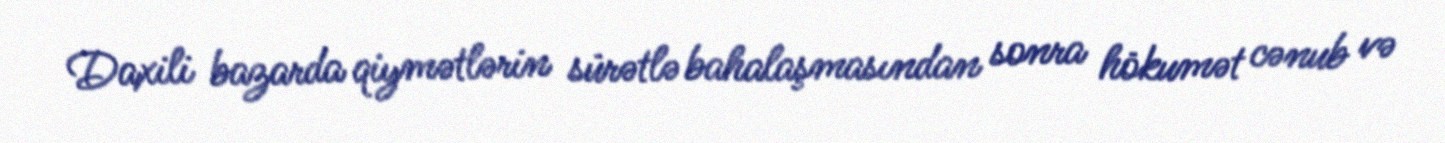
Daxili bazarda qiymətlərin sürətlə bahalaşmasından sonra hökumət cənub və